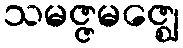
သမဇ္ဇမဇ္ဈေ